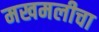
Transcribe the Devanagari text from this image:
मखमलीचा